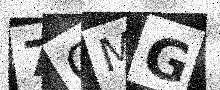
Text: 7CMG